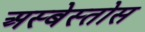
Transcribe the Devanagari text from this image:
अस्बेस्तोस